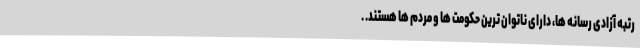
رتبه آزادی رسانه ها، دارای ناتوان ترین حکومت ها و مردم ها هستند. .